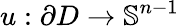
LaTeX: u:\partial D\to\mathbb{S}^{n-1}